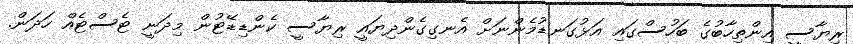
ރިޔާސީ އިންތިހާބުގެ ބަހުސްގައި އަޅުގަނޑުމެންނަށް އެނގިގެންދިޔައީ ރިޔާސީ ކެންޑިޑޭޓުން މިދަނީ ޓެސްޓެއް ހަދަން.